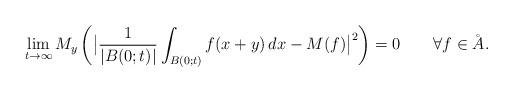
LaTeX: \begin{align*}\lim_{t\to\infty}M_y\left(\bigl|\frac{1}{|B(0;t)|}\int_{B(0;t)}f(x+y)\,dx-M(f)\bigr|^2\right)=0\qquad\forall f\in\AA.\end{align*}